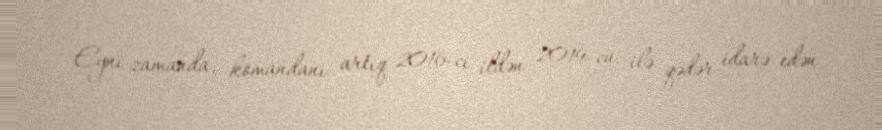
Eyni zamanda, komandanı artıq 2016-cı ildən 2019-cu ilə qədər idarə edən